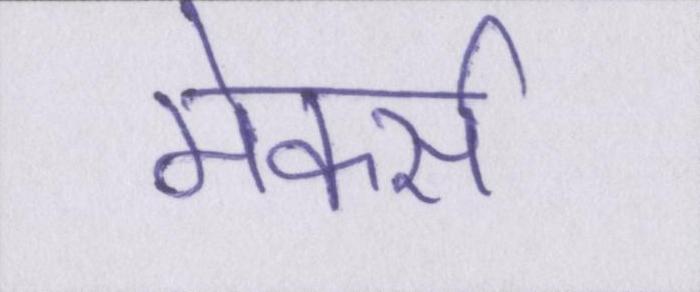
मेकर्स